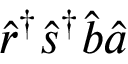
\hat { r } ^ { \dagger } \hat { s } ^ { \dagger } \hat { b } \hat { a }